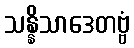
သန္နိသာဒေတဗ္ဗံ